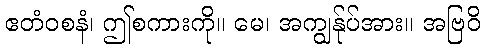
ဧတံဝစနံ၊ ဤစကားကို။ မေ၊ အကျွန်ုပ်အား။ အဗြဝိ